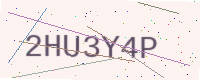
Text: 2HU3Y4P